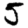
Digit: 5